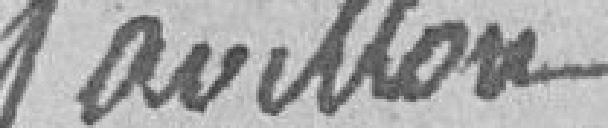
susceptibles de l'être, a arrêté que demain